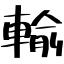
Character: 輸